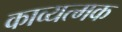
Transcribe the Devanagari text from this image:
काव्यत्मक